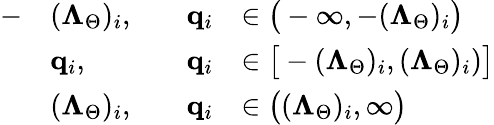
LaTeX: \begin{array}{rlrl}{-}&{(\boldsymbol{\Lambda}_{\Theta})_{i},\quad}&{\mathbf{q}_{i}}&{\in\big(-\infty,-(\boldsymbol{\Lambda}_{\Theta})_{i}\big)}\\ &{\mathbf{q}_{i},\quad}&{\mathbf{q}_{i}}&{\in\big[-(\boldsymbol{\Lambda}_{\Theta})_{i},(\boldsymbol{\Lambda}_{\Theta})_{i})\big]}\\ &{(\boldsymbol{\Lambda}_{\Theta})_{i},}&{\mathbf{q}_{i}}&{\in\big((\boldsymbol{\Lambda}_{\Theta})_{i},\infty\big)}\end{array}